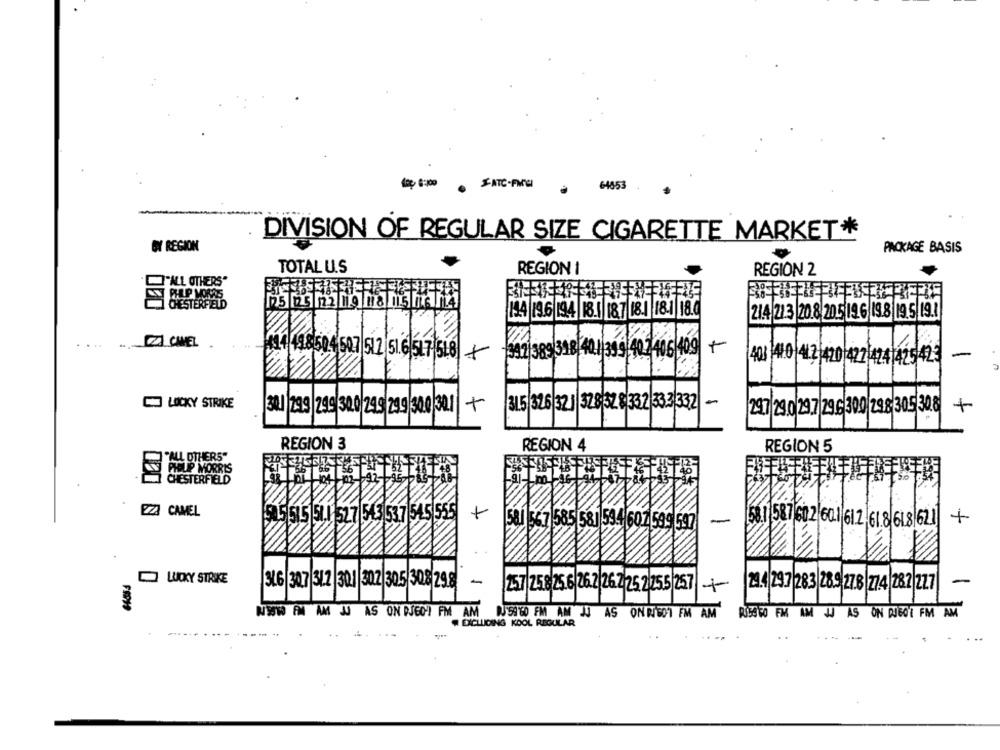
ATC-FACI
64853
-
DIVISION OF REGULAR SIZE CIGARETTE MARKET*
OY REGION
PACKAGE BASIS
TOTAL U.S
REGION I
REGION 2
"ALL OTHERS*
CHESTERFIELD
194 196 194 18. 187 181 181 18.0
21.4 213 20.8 205 19 6 19.8 19.5 19.1
2] CHEL
92/389 318 401 399 40 2406 409 +
414 498 504 507 512 51.6 527 518
403 410 412 420 422 424 425 423
-
LUCKY STRIKE
315 326 32 ]|378 52 8 332 333 332
-
30/ 299 299 30.0 2
30.1
+
297 29.0 29.7 29.6 300 298 305 308
+
REGION 3
REGION 4
REGION 5
"ALL OTHERS"
PULP MORRIS
CHESTERFIELD
NA
EZ3 CAMEL
513 537 545 555
50 5 515 51.1. 527
7585 581 594 607 599 597
-
58.1 587 60 2 60.1 612 61.8 618 621
+
LUCKY STRIKE
3L6 307 31.2 301 307 305 308 29.8
24.4 29.7 283 28.9 27.8 274 282 227
-
257 258 2.6 262 262 25225 257
JU AS ON PJEG] FM AM J54"GO FM AM J
DJ54 60 FM AM JJ AS ONRIGOT FM
RISO FO FM AM JJ AS ON DJGOR FM AM
EXCLUDING KOOL REGULAR